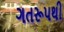
ગતરૂપથી